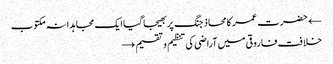
← حضرت عمر کا محاذ جنگ پر بھیجا گیا ایک مجاہدانہ مکتوب
خلافت فاروقی میں آراضی کی تنظیم و تقسیم →